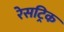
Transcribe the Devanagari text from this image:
रेसट्रिक